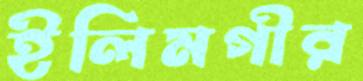
ইলিমগীর